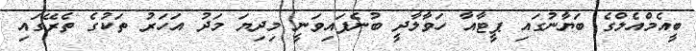
ބީއެމްއެލްގެ ބަޔާނުގައި ޕީޓާއާ ހަވާލާދީ ބުނެފައިވަނީ މިދިޔަ މަދު އަހަރު ތަކުގެ ތެރޭގައި